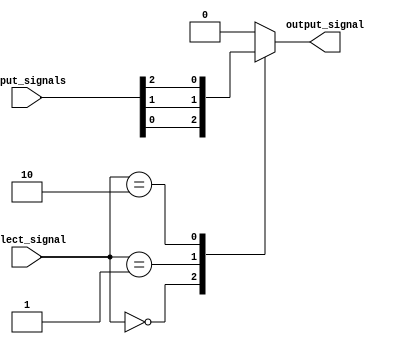
module multiplexer_32to1 (
    input [31:0] input_signals,
    input [4:0] select_signal,
    output reg output_signal
    );
    
always @ (*)
begin
    case(select_signal)
        5'b00000: output_signal = input_signals[0];
        5'b00001: output_signal = input_signals[1];
        5'b00010: output_signal = input_signals[2];
        // repeating this for all 32 input signals
        // 5'b11111: output_signal = input_signals[31];
        default: output_signal = 32'b0; // default output if select signal is not matched
    endcase
end

endmodule